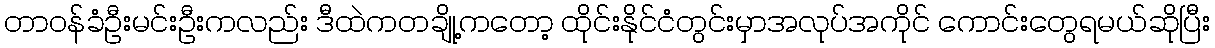
တာဝန်ခံဦးမင်းဦးကလည်း ဒီထဲကတချို့ကတော့ ထိုင်းနိုင်ငံတွင်းမှာအလုပ်အကိုင် ကောင်းတွေရမယ်ဆိုပြီး